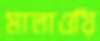
মালাওয়ি